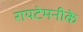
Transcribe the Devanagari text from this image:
रायटेमनीके